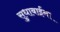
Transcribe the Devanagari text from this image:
सुधाबाईंना